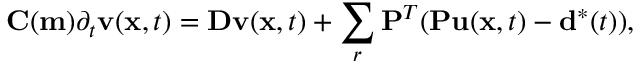
\mathbf { C ( m ) } \partial _ { t } \mathbf { v } ( \mathbf { x } , t ) = \mathbf { D v } ( \mathbf { x } , t ) + \sum _ { r } \mathbf { P } ^ { T } ( \mathbf { P u } ( \mathbf { x } , t ) - \mathbf { d } ^ { * } ( t ) ) ,